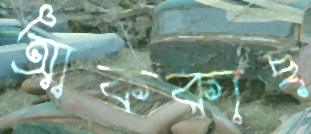
আককাছ